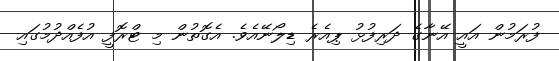
ފުރަމުން އައީ އޭނާގެ ދަރިފުޅު ޕިއެރެ ޑިލޯނޭއެވެ. އެގޮތުން މި ޓްރޮފީ އުފެއްދުމުގައި